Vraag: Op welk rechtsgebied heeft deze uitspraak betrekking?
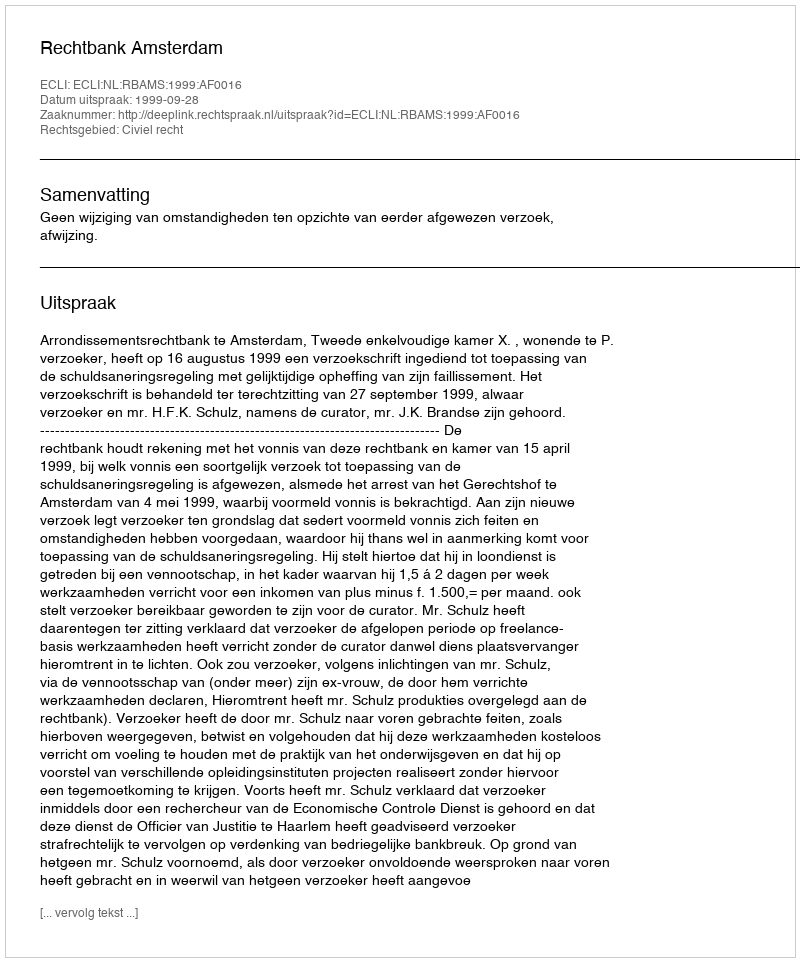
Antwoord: Civiel recht